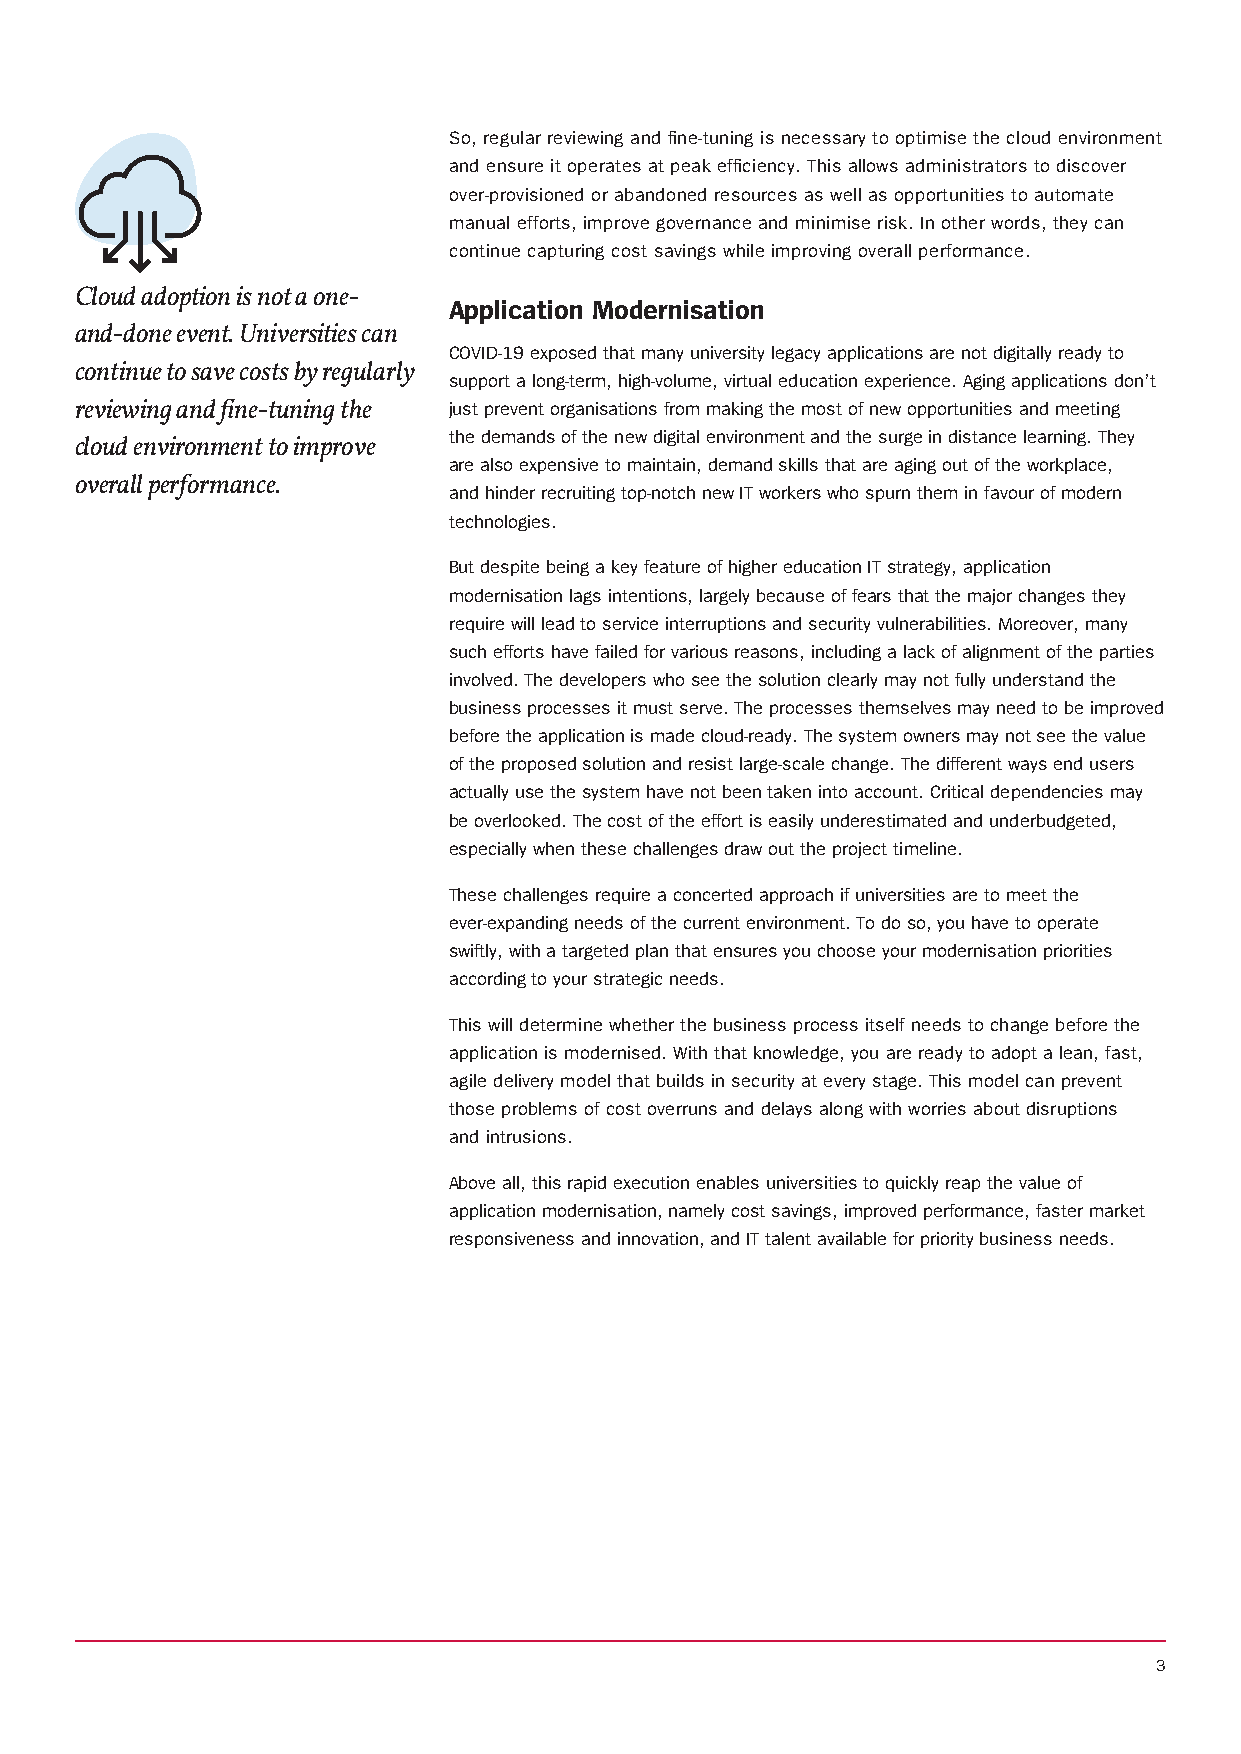
So, regular reviewing and fine-tuning is necessary to optimise the cloud environment
 and ensure it operates at peak efficiency. This allows administrators to discover
 over-provisioned or abandoned resources as well as opportunities to automate
 manual efforts, improve governance and minimise risk. In other words, they can
 continue capturing cost savings while improving overall performance.
 Cloud adoption is not a one-
 Application Modernisation
 and-done event. Universities can
 COVID-19 exposed that many university legacy applications are not digitally ready to
 continue to save costs by regularly
 support a long-term, high-volume, virtual education experience. Aging applications don’t
 reviewing and fine-tuning the just prevent organisations from making the most of new opportunities and meeting
 the demands of the new digital environment and the surge in distance learning. They
 cloud environment to improve
 are also expensive to maintain, demand skills that are aging out of the workplace,
 overall performance.
 and hinder recruiting top-notch new IT workers who spurn them in favour of modern
 technologies.
 But despite being a key feature of higher education IT strategy, application
 modernisation lags intentions, largely because of fears that the major changes they
 require will lead to service interruptions and security vulnerabilities. Moreover, many
 such efforts have failed for various reasons, including a lack of alignment of the parties
 involved. The developers who see the solution clearly may not fully understand the
 business processes it must serve. The processes themselves may need to be improved
 before the application is made cloud-ready. The system owners may not see the value
 of the proposed solution and resist large-scale change. The different ways end users
 actually use the system have not been taken into account. Critical dependencies may
 be overlooked. The cost of the effort is easily underestimated and underbudgeted,
 especially when these challenges draw out the project timeline.
 These challenges require a concerted approach if universities are to meet the
 ever-expanding needs of the current environment. To do so, you have to operate
 swiftly, with a targeted plan that ensures you choose your modernisation priorities
 according to your strategic needs.
 This will determine whether the business process itself needs to change before the
 application is modernised. With that knowledge, you are ready to adopt a lean, fast,
 agile delivery model that builds in security at every stage. This model can prevent
 those problems of cost overruns and delays along with worries about disruptions
 and intrusions.
 Above all, this rapid execution enables universities to quickly reap the value of
 application modernisation, namely cost savings, improved performance, faster market
 responsiveness and innovation, and IT talent available for priority business needs.
 3